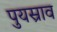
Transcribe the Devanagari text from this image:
पुयस्राव